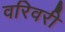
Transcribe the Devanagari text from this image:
वरिवरी